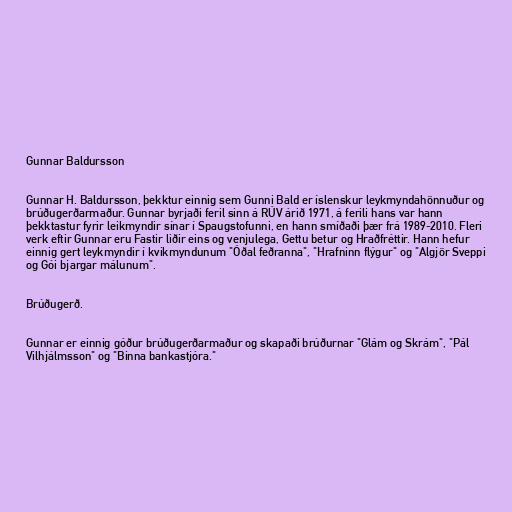
Gunnar Baldursson

Gunnar H. Baldursson, þekktur einnig sem Gunni Bald er íslenskur leykmyndahönnuður og
brúðugerðarmaður. Gunnar byrjaði feril sinn á RÚV árið 1971, á ferili hans var hann
þekktastur fyrir leikmyndir sínar í Spaugstofunni, en hann smíðaði þær frá 1989-2010. Fleri
verk eftir Gunnar eru Fastir liðir eins og venjulega, Gettu betur og Hraðfréttir. Hann hefur
einnig gert leykmyndir í kvikmyndunum "Óðal feðranna", "Hrafninn flýgur" og "Algjör Sveppi
og Gói bjargar málunum".

Brúðugerð.

Gunnar er einnig góður brúðugerðarmaður og skapaði brúðurnar "Glám og Skrám", "Pál
Vilhjálmsson" og "Binna bankastjóra."